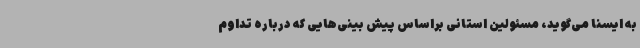
به ایسنا می‌گوید، مسئولین استانی براساس پیش بینی‌هایی که درباره تداوم